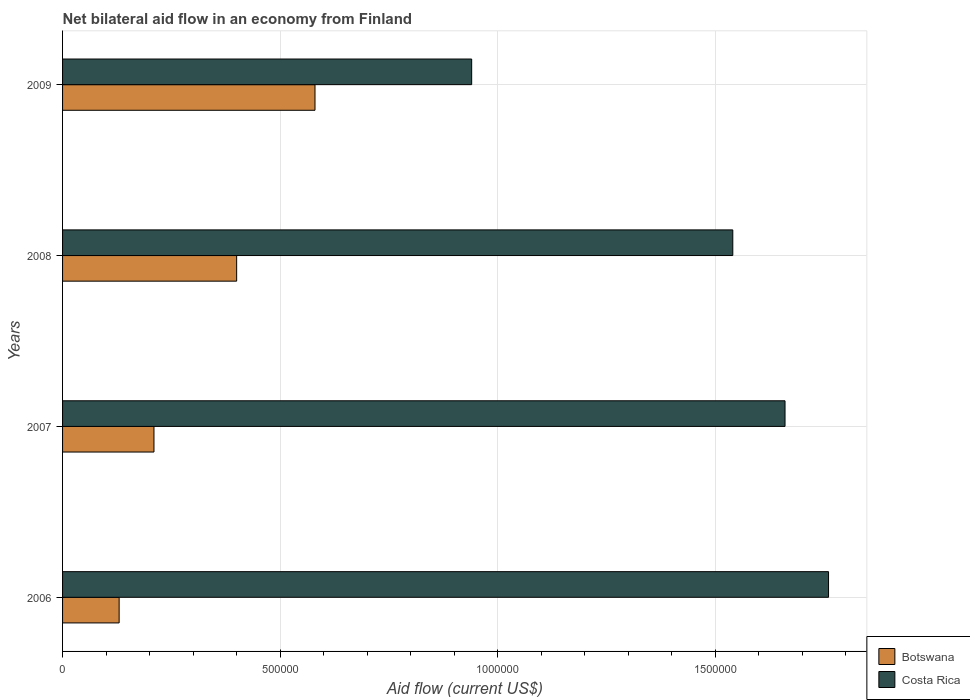
| Years | Botswana | Costa Rica |
 | --- | --- | --- |
 | 2006 | 1.3e+05 | 1.76e+06 |
 | 2007 | 2.1e+05 | 1.66e+06 |
 | 2008 | 4e+05 | 1.54e+06 |
 | 2009 | 5.8e+05 | 9.4e+05 |